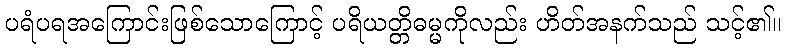
ပရံပရအကြောင်းဖြစ်သောကြောင့် ပရိယတ္တိဓမ္မကိုလည်း ဟိတ်အနက်သည် သင့်၏။